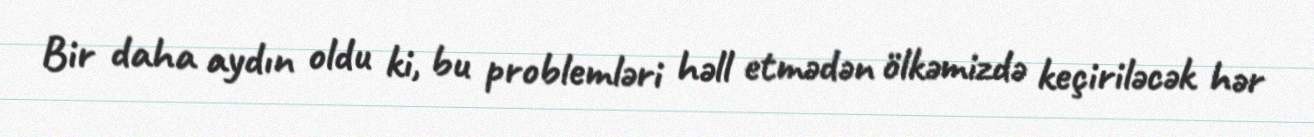
Bir daha aydın oldu ki, bu problemləri həll etmədən ölkəmizdə keçiriləcək hər